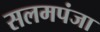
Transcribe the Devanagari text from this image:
सलमपंजा